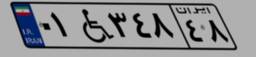
۳۵W۳۷۰۹۳